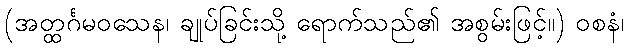
(အတ္ထင်္ဂမဝသေန၊ ချုပ်ခြင်းသို့ ရောက်သည်၏ အစွမ်းဖြင့်။) ဝစနံ၊